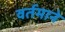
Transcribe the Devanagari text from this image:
वर्तमाने